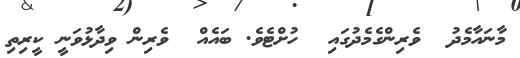
މާނައާމެދު  ވެރިންގެމެދުގައި  ހުށްޓެވެ. ބައެއް  ވެރިން ވިދާޅުވަނީ ކީރިތި